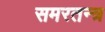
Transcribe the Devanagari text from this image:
समरतन्त्र